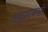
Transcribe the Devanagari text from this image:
अदृश्यवन्ती